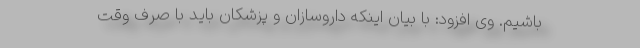
باشیم. وی افزود: با بیان اینکه داروسازان و پزشکان باید با صرف وقت